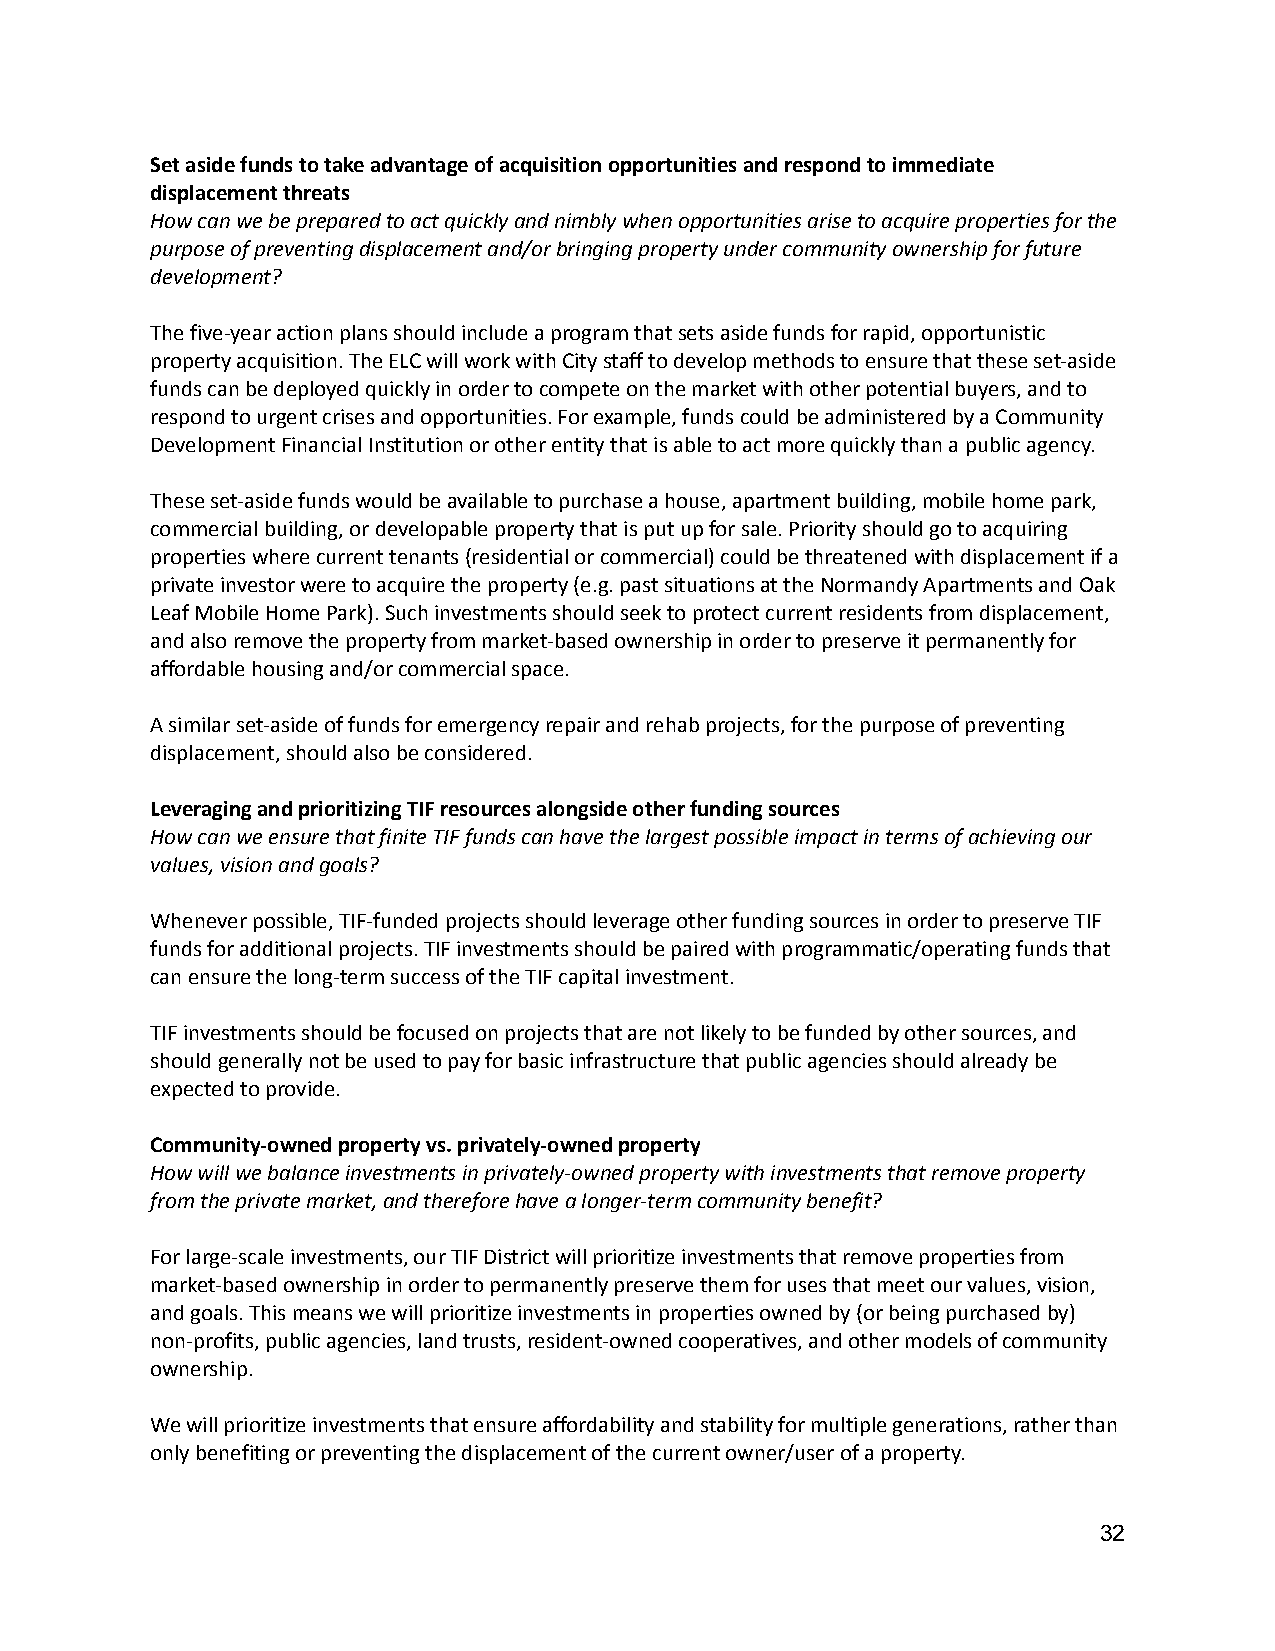
Set aside funds to take advantage of acquisition opportunities and respond to immediate
 displacement threats
 How can we be prepared to act quickly and nimbly whenopportunities arise to acquire properties for the
 purpose of preventing displacement and/or bringingproperty under community ownership for future
 development?
 The five-year action plans should include a programthat sets aside funds for rapid, opportunistic
 property acquisition. The ELC will work with Citystaff to develop methods to ensure that these set-aside
 funds can be deployed quickly in order to competeon the market with other potential buyers, and to
 respond to urgent crises and opportunities. For example,funds could be administered by a Community
 Development Financial Institution or other entitythat is able to act more quickly than a public agency.
 These set-aside funds would be available to purchasea house, apartment building, mobile home park,
 commercial building, or developable property thatis put up for sale. Priority should go to acquiring
 properties where current tenants (residential or commercial)could be threatened with displacement if a
 private investor were to acquire the property (e.g.past situations at the Normandy Apartments and Oak
 Leaf Mobile Home Park). Such investments should seekto protect current residents from displacement,
 and also remove the property from market-based ownershipin order to preserve it permanently for
 affordable housing and/or commercial space.
 A similar set-aside of funds for emergency repairand rehab projects, for the purpose of preventing
 displacement, should also be considered.
 Leveraging and prioritizing TIF resources alongsideother funding sources
 How can we ensure that finite TIF funds can have thelargest possible impact in terms of achieving our
 values, vision and goals?
 Whenever possible, TIF-funded projects should leverageother funding sources in order to preserve TIF
 funds for additional projects. TIF investments shouldbe paired with programmatic/operating funds that
 can ensure the long-term success of the TIF capitalinvestment.
 TIF investments should be focused on projects thatare not likely to be funded by other sources, and
 should generally not be used to pay for basic infrastructurethat public agencies should already be
 expected to provide.
 Community-owned property vs. privately-owned property
 How will we balance investments in privately-ownedproperty with investments that remove property
 from the private market, and therefore have a longer-termcommunity benefit?
 For large-scale investments, our TIF District willprioritize investments that remove properties from
 market-based ownership in order to permanently preservethem for uses that meet our values, vision,
 and goals. This means we will prioritize investmentsin properties owned by (or being purchased by)
 non-profits, public agencies, land trusts, resident-ownedcooperatives, and other models of community
 ownership.
 We will prioritize investments that ensure affordabilityand stability for multiple generations, rather than
 only benefiting or preventing the displacement ofthe current owner/user of a property.
 32